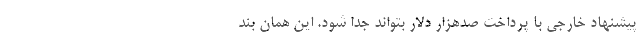
پیشنهاد خارجی با پرداخت صدهزار دلار بتواند جدا شود. این همان بند